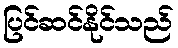
ပြင်ဆင်နိုင်သည်